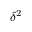
\delta ^ { 2 }